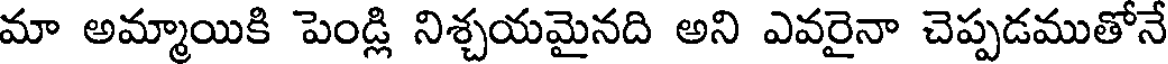
మా అమ్మాయికి పెండ్లి నిశ్చయమైనది అని ఎవరైనా చెప్పడముతోనే